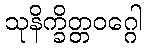
သုနိက္ခိတ္တဝဂ္ဂေါ